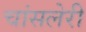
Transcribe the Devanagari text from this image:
चांसलेरी